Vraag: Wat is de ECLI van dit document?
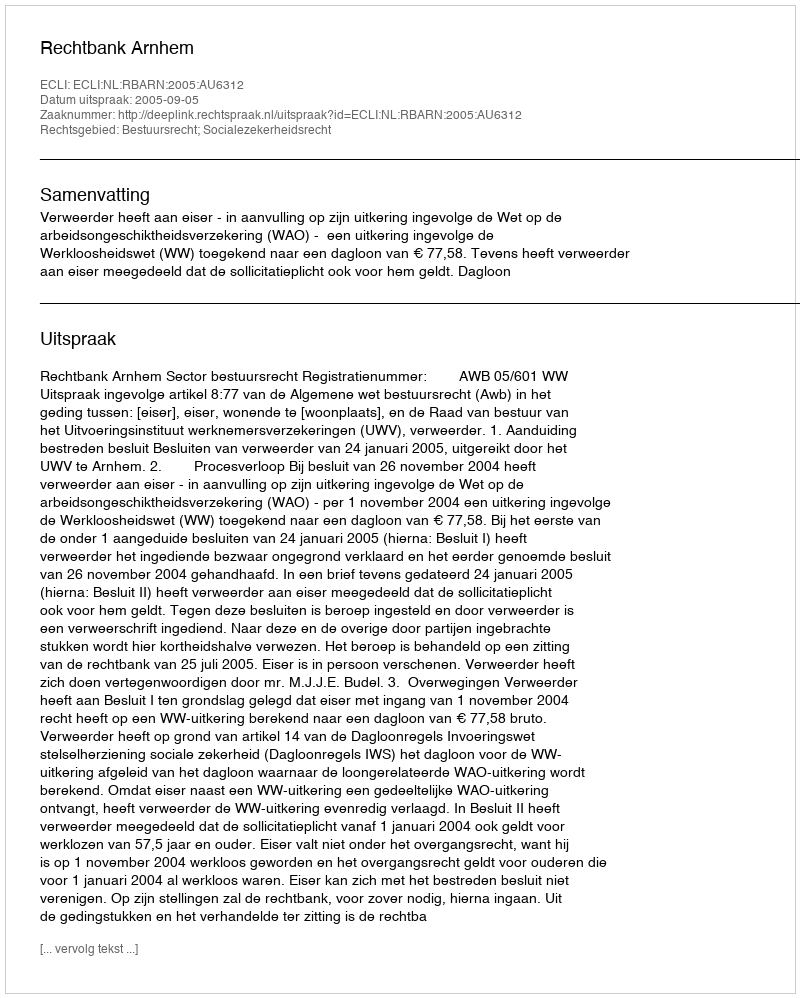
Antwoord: ECLI:NL:RBARN:2005:AU6312